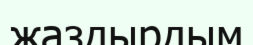
жаздырдым